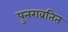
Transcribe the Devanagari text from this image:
पुनराव्रतित